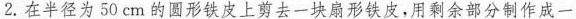
2.在半径为50cm的圆形铁皮上剪去一块扇形铁皮，用剩余部分制作成一